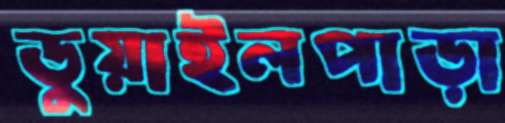
ডুয়াইলপাড়া